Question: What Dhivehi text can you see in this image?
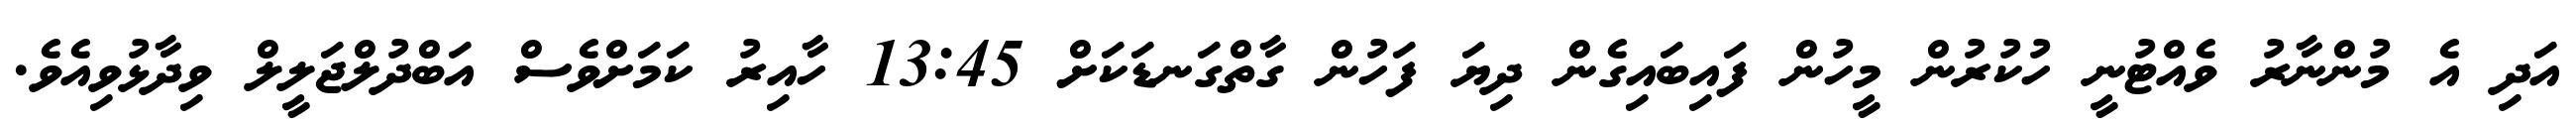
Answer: އަދި އެ މުންނާރު ވެއްޓުނީ ހުކުރުން މީހުން ފައިބައިގެން ދިޔަ ފަހުން ގާތްގަނޑަކަށް 13:45 ހާއިރު ކަމަށްވެސް އަބްދުލްޖަލީލް ވިދާޅުވިއެވެ.